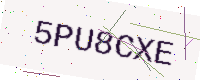
Text: 5PU8CXE